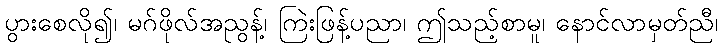
ပွားစေလို၍၊ မဂ်ဖိုလ်အညွန့်၊ ကြဲးဖြန့်ပညာ၊ ဤသည့်စာမူ၊ နောင်လာမှတ်ညီ၊